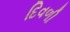
દિવળી